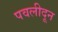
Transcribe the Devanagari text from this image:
पवलीदून